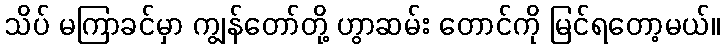
သိပ် မကြာခင်မှာ ကျွန်တော်တို့ ဟွာဆမ်း တောင်ကို မြင်ရတော့မယ်။